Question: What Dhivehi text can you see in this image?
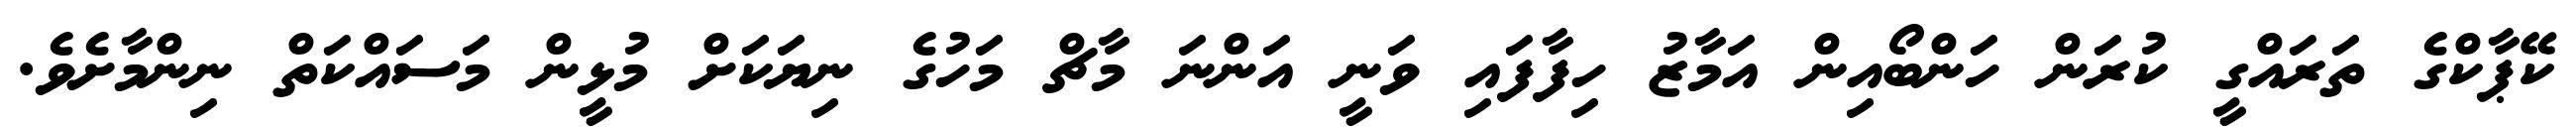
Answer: ކޭޕާކްގެ ތަރައްގީ ކުރަން ހަންބޯއިން އަމާޒު ހިފާފައި ވަނީ އަންނަ މާޗް މަހުގެ ނިޔަކަށް މުޅީން މަސައްކަތް ނިންމާށެވެ.